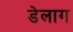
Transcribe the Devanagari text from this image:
डेलाग